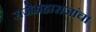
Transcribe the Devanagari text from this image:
राजेमहाराजांचा